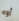
أوه